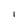
Character: I